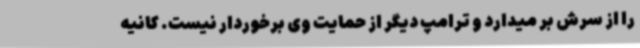
را از سرش بر میدارد و ترامپ دیگر از حمایت وی برخوردار نیست. کانیه